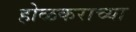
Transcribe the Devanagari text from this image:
होळकराच्या